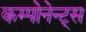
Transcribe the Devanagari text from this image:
कम्पोनेन्ट्स